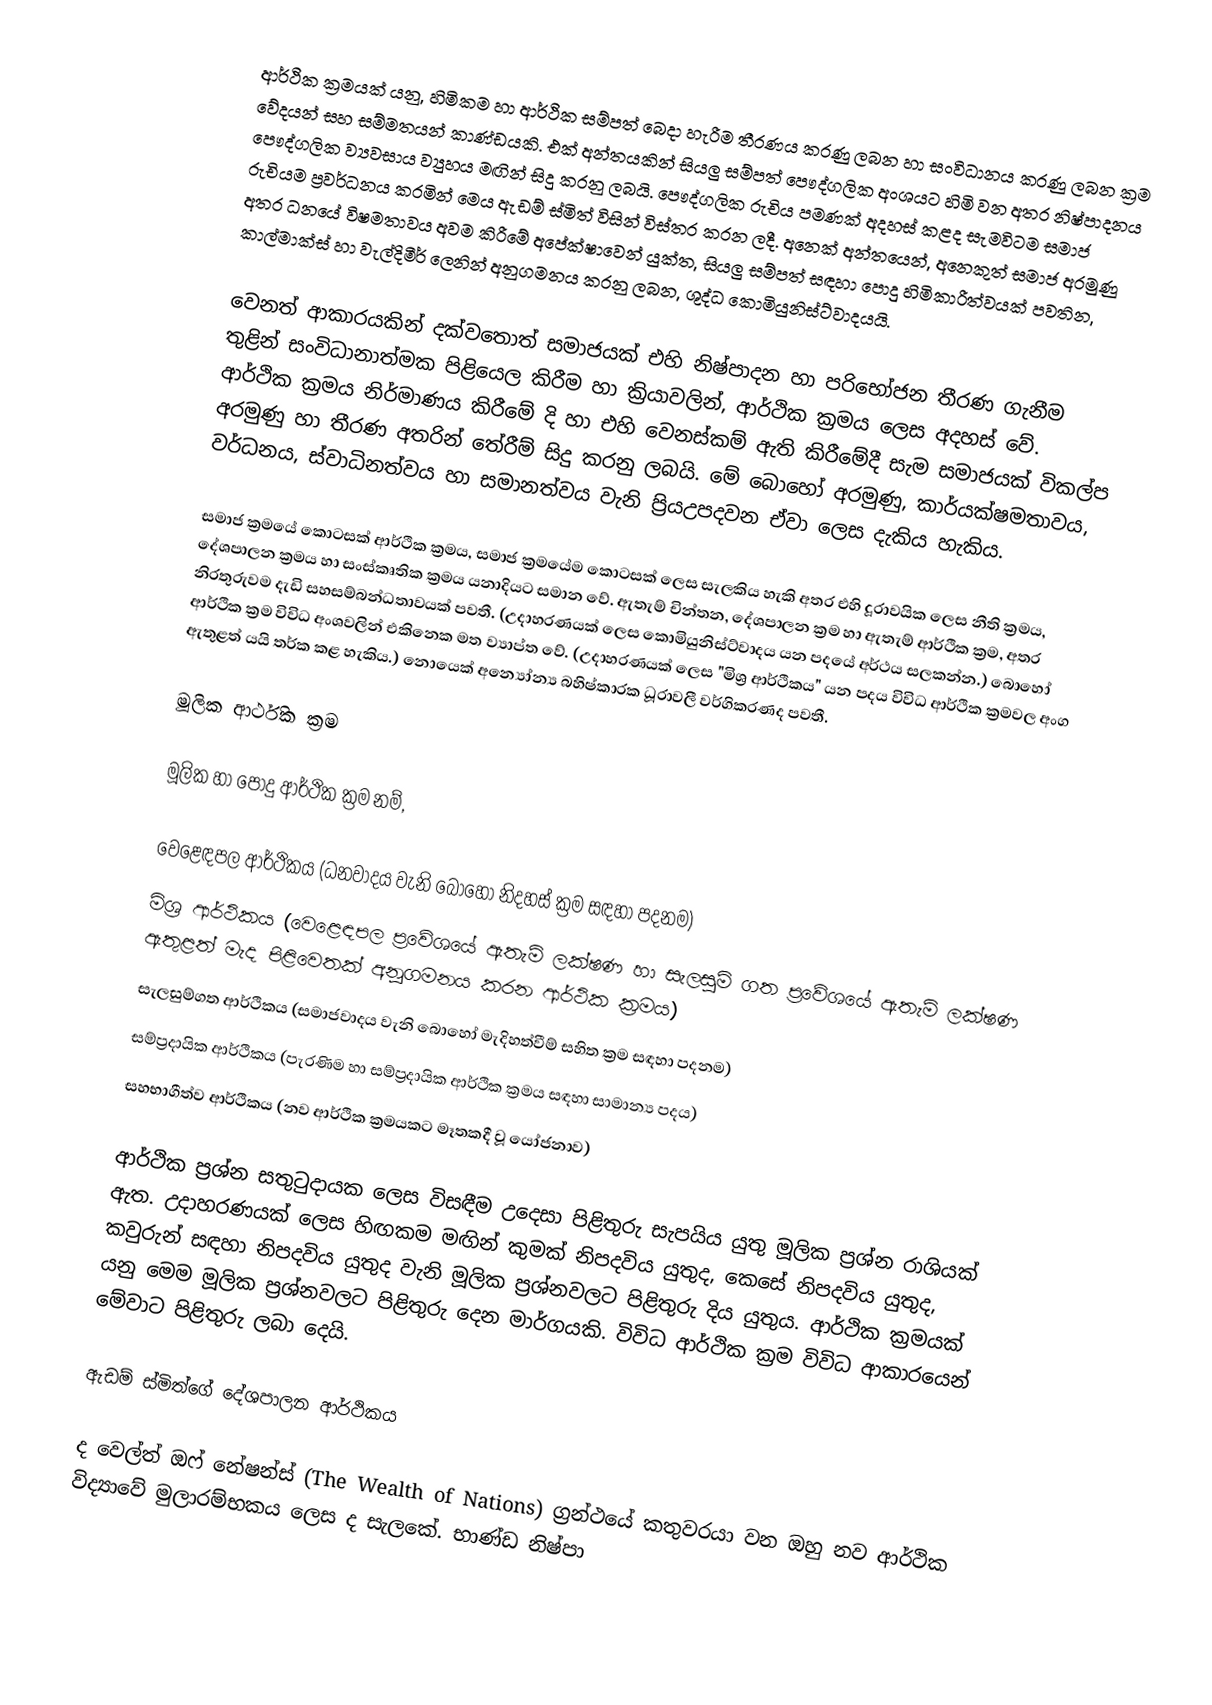
ආර්ථික ක්‍රමයක් යනු, හිමිකම හා ආර්ථික සම්පත් බෙදා හැරීම තීරණය කරණු ලබන හා සංවිධානය කරණු ලබන ක්‍රම වේදයන් සහ සම්මතයන් කාණ්ඩයකි. එක් අන්තයකින් සියලු සම්පත් පෞද්ගලික අංශයට හිමි වන අතර නිෂ්පාදනය පෞද්ගලික ව්‍යවසාය ව්‍යුහය මඟින් සිදු කරනු ලබයි. පෞද්ගලික රුචිය පමණක් අදහස් කළද සැමවිටම සමාජ රුචියම ප්‍රවර්ධනය කරමින් මෙය ඇඩම් ස්මිත් විසින් විස්තර කරන ලදී. අනෙක් අන්තයෙන්, අනෙකුත් සමාජ අරමුණු අතර ධනයේ විෂමතාවය අවම කිරීමේ අපේක්ෂාවෙන් යුක්ත, සියලු සම්පත් සඳහා පොදු හිමිකාරීත්වයක් පවතින, කාල්මාක්ස් හා වැල්දිමීර් ලෙනින් අනුගමනය කරනු ලබන, ශුද්ධ කොමියුනිස්ට්වාදයයි.

වෙනත් ආකාරයකින් දක්වතොත් සමාජයක් එහි නිෂ්පාදන හා පරිභෝජන තීරණ ගැනීම තුළින් සංවිධානාත්මක පිළියෙල කිරීම හා ක්‍රියාවලින්, ආර්ථික ක්‍රමය ලෙස අදහස් වේ. ආර්ථික ක්‍රමය නිර්මාණය කිරීමේ දි හා එහි වෙනස්කම් ඇති කිරීමේදී සැම සමාජයක් විකල්ප අරමුණු හා තීරණ අතරින් තේරීම් සිදු කරනු ලබයි. මේ බොහෝ අරමුණු, කාර්යක්ෂමතාවය, වර්ධනය, ස්වාධිනත්වය හා සමානත්වය වැනි ප්‍රියඋපදවන ඒවා ලෙස දැකිය හැකිය.

සමාජ ක්‍රමයේ කොටසක් ආර්ථික ක්‍රමය, සමාජ ක්‍රමයේම කොටසක් ලෙස සැලකිය හැකි අතර එහි දූරාවයික ලෙස නීති ක්‍රමය, දේශපාලන ක්‍රමය හා සංස්කෘතික ක්‍රමය යනාදියට සමාන වේ. ඇතැම් චින්තන, දේශපාලන ක්‍රම හා ඇතැම් ආර්ථික ක්‍රම, අතර නිරතුරුවම දැඩි සහසම්බන්ධතාවයක් පවතී. (උදාහරණයක් ලෙස කොමියුනිස්ට්වාදය යන පදයේ අර්ථය සලකන්න.) බොහෝ ආර්ථික ක්‍රම විවිධ අංශවලින් එකිනෙක මත ව්‍යාප්ත වේ. (උදාහරණයක් ලෙස "මිශ්‍ර ආර්ථිකය" යන පදය විවිධ ආර්ථික ක්‍රමවල අංග ඇතුළත් යයි තර්ක කළ හැකිය.) නොයෙක් අන්‍යෝන්‍ය බහිෂ්කාරක ධූරාවලී වර්ගිකරණද පවතී.

මූලික ආර්ථික ක්‍රම

මූලික හා පොදු ආර්ථික ක්‍රම නම්,

 වෙළෙඳපල ආර්ථිකය (ධනවාදය වැනි බොහෝ නිදහස් ක්‍රම සඳහා පදනම)
 මිශ්‍ර ආර්ථිකය (වෙළෙඳපල ප්‍රවේශයේ ඇතැම් ලක්ෂණ හා සැලසුම් ගත ප්‍රවේශයේ ඇතැම් ලක්ෂණ ඇතුළත් මැද පිළිවෙතක් අනූගමනය කරන ආර්ථික ක්‍රමය)
 සැලසුම්ගත ආර්ථිකය (සමාජවාදය වැනි බොහෝ මැදිහත්වීම් සහිත ක්‍රම සඳහා පදනම)
 සම්ප්‍රදායික ආර්ථිකය (පැරණිම හා සම්ප්‍රදායික ආර්ථික ක්‍රමය සඳහා සාමාන්‍ය පදය)
 සහභාගීත්ව ආර්ථිකය (නව ආර්ථික ක්‍රමයකට මෑතකදී වූ යෝජනාව)

ආර්ථික ප්‍රශ්න සතුටුදායක ලෙස විසඳීම උදෙසා පිළිතුරු සැපයිය යුතු මූලික ප්‍රශ්න රාශියක් ඇත. උදාහරණයක් ලෙස හිඟකම මඟින් කුමක් නිපදවිය යුතුද, කෙසේ නිපදවිය යුතුද, කවුරුන් සඳහා නිපදවිය යුතුද වැනි මූලික ප්‍රශ්නවලට පිළිතුරු දිය යුතුය. ආර්ථික ක්‍රමයක් යනු මෙම මූලික ප්‍රශ්නවලට පිළිතුරු දෙන මාර්ගයකි. විවිධ ආර්ථික ක්‍රම විවිධ ආකාරයෙන් මේවාට පිළිතුරු ලබා දෙයි.

ඇඩම් ස්මිත්ගේ දේශපාලන ආර්ථිකය

ද වෙල්ත් ඔෆ් නේෂන්ස්  (The Wealth of Nations) ග්‍රන්ථයේ  කතුවරයා වන ඔහු නව ආර්ථික විද්‍යාවේ මුලාරම්භකය ලෙස ද සැලකේ. භාණ්ඩ නිෂ්පා